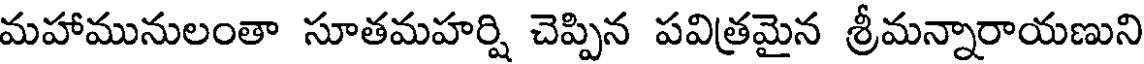
మహామునులంతా సూతమహర్షి చెప్పిన పవిత్రమైన శ్రీమన్నారాయణుని